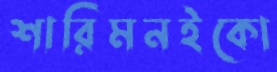
শারিমনইকো